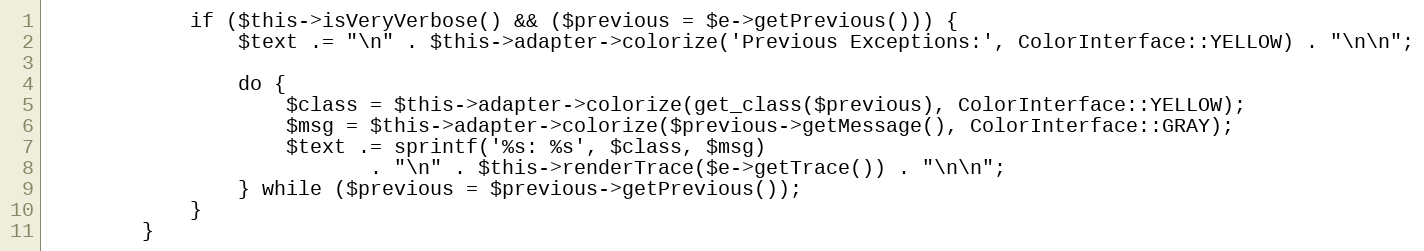
Language: PHP
            if ($this->isVeryVerbose() && ($previous = $e->getPrevious())) {
                $text .= "\n" . $this->adapter->colorize('Previous Exceptions:', ColorInterface::YELLOW) . "\n\n";

                do {
                    $class = $this->adapter->colorize(get_class($previous), ColorInterface::YELLOW);
                    $msg = $this->adapter->colorize($previous->getMessage(), ColorInterface::GRAY);
                    $text .= sprintf('%s: %s', $class, $msg)
                           . "\n" . $this->renderTrace($e->getTrace()) . "\n\n";
                } while ($previous = $previous->getPrevious());
            }
        }